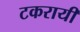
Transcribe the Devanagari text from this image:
टकरायी